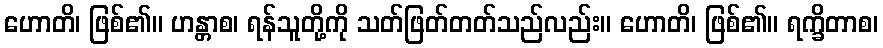
ဟောတိ၊ ဖြစ်၏။ ဟန္တာစ၊ ရန်သူတို့ကို သတ်ဖြတ်တတ်သည်လည်း။ ဟောတိ၊ ဖြစ်၏။ ရက္ခိတာစ၊